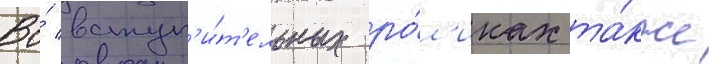
Во́ вступ'и́т'ельных ро́л'иках та́кже